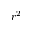
r ^ { 2 }